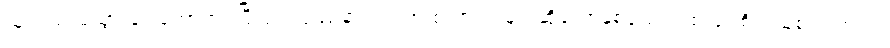
သူလည်းမသွားချင်တော့ဘူး ပြီးရင် ပြဿနာကတက် စကားကများဆိုတော့နှစ်ယောက်စလုံး စိတ်ညစ် ရ တယ်။